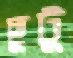
ছুটু